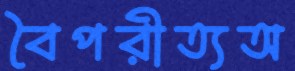
বৈপরীত্যঅ